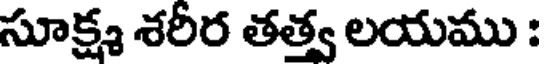
సూక్ష్మ శరీర తత్త్వ లయము :